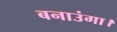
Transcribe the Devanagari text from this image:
बनाउंगा।